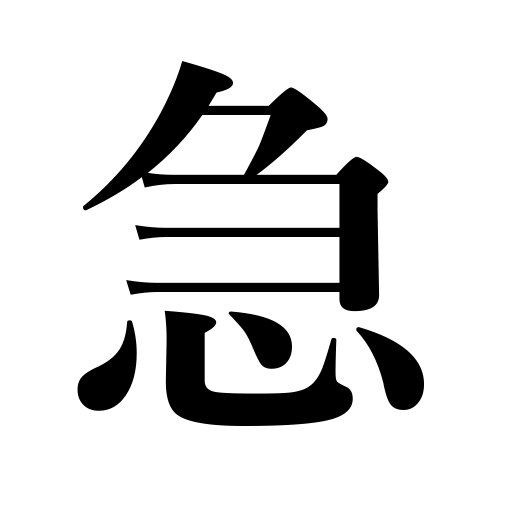
Meanings: haste,steep,danger,suddenness,hurry,emergency,hasten